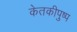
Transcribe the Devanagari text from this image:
केतकीपुष्प